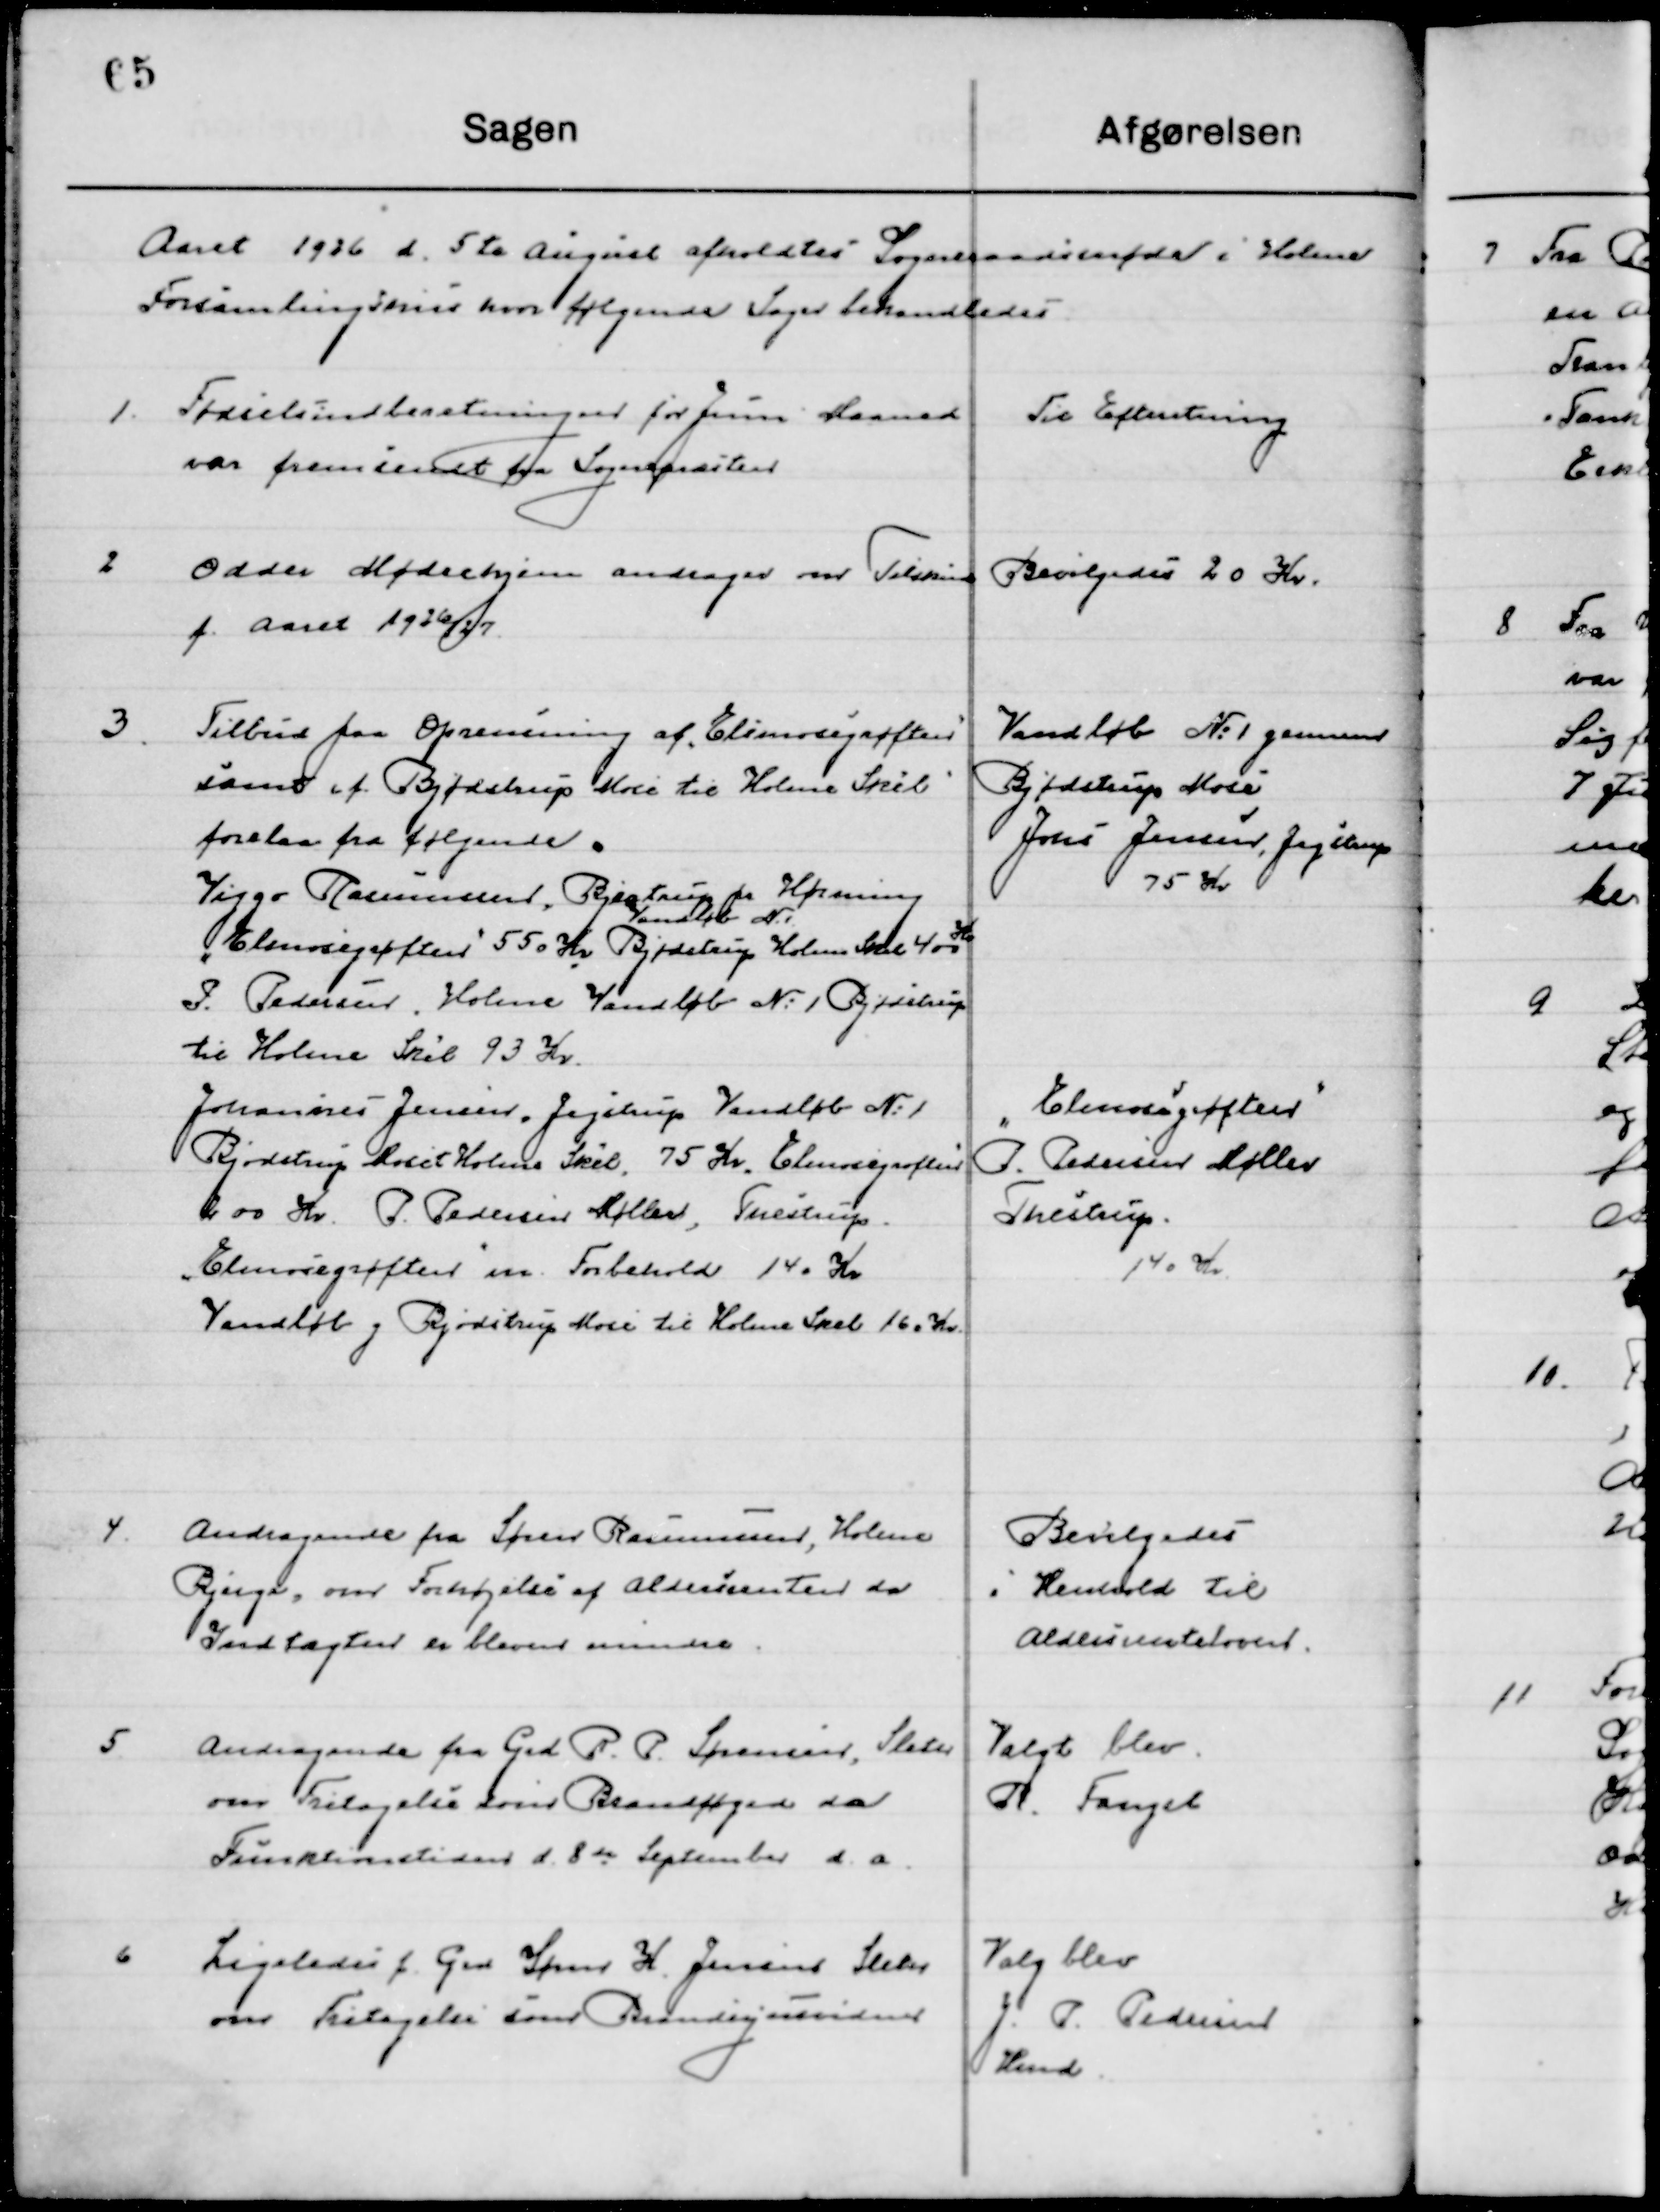
Transskription:
Aaret 1926 d. 5te August afholdtes Sogneraadsmøde i Holme 
Forsamlingshus hvor følgende Sager behandledes.

1

Fødselsindberetning for Juni Maaned
var fremsendt fra sognepræsten

Til Efterretning

2

Odder Mødrehjem andrager om Tilskud
f. Aaret 1926/27

Bevilgedes 20 Kr.

3

Tilbud paa Oprensning af Ellemose grøften
Samt af Bjødstrup Mose til Holme Skel
forelaa fra følgende.
Viggo Rasmussen, Bjødstrup pr Hørning
Vandløb No. 1
”Ellemose grøften” 550 Kr. Bjødstrup 
Holme Skel 400 Kr.
I.	Pedersen holme Vandløb No. 1 Bjødstrup
til Holme Skel 93 Kr.
Johannes Jensen, Jegstrup Vandløb No. 1 
Bjødstrup Mose t Holme Skel 75 Kr. ”Ellemose grøften”
200 Kr. P. Pedersen Møller, Thestrup.  
”Ellemose grøften” m. Forbehold 140 Kr.
Vandløb g Bjødstrup Mose til Holme Skel 160 Kr.

Vandløb No. 1 gennem
Bjødstrup Mose
Jens Jensen, Jegstrup
75 Kr.
”Ellemose grøften”
I.	Pedersen Møller
Thestrup 
140 Kr.

4

Andragende fra Søren Rasmussen, Holme
Bjerge, om forhøjelse af Aldersrenten da 
Indtægten er bleven mindre.

Bevilgedes 
i Henhold til
Aldersrenteloven

5

Andragende fra grd. R. P. Sørensen, Sleter
om Fritagelse som Brandfoged da
Funktionstiden  d. 8de September d. a.

Valgt blev
R. Fangel

6

Ligeledes f. Grd. Søren H. Jensen Sleter
om Fritagelse som Brandsynsvidne

Valgt blev
J. P. Pedersen
Hmd.